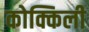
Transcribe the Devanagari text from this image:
कोक्किली